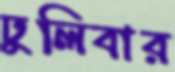
ঢুলিবার